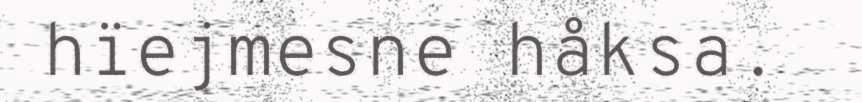
hïejmesne håksa.